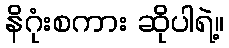
နိဂုံးစကား ဆိုပါရဲ့။